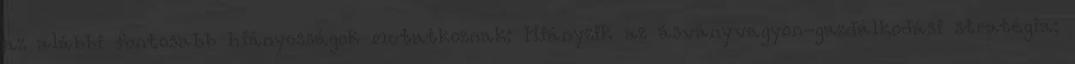
az alábbi fontosabb hiányosságok mutatkoznak: Hiányzik az ásványvagyon-gazdálkodási stratégia;